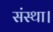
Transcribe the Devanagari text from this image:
संस्था।